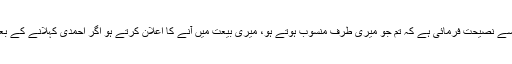
حضرت مسیح موعود علیہ الصلوۃ والسلام نے ہمیں مختلف مواقع پر بڑی شدت اور درد سے نصیحت فرمائی ہے کہ تم جو میری طرف منسوب ہوتے ہو، میری بیعت میں آنے کا اعلان کرتے ہو اگر احمدی کہلانے کے بعد تمہارے اندر نمایاں تبدیلیاں پیدا نہیں ہوتیں تو تم میں اور غیر میں کوئی فرق نہیں ہے۔